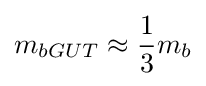
m_{bGUT}\approx {\frac {1}{3}}m_{b}